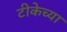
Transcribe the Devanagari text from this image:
टीकेच्या